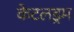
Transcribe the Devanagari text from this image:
केटलड्रम